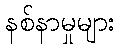
နစ်နာမှုများ